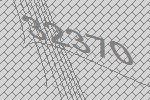
32370